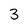
Character: 3